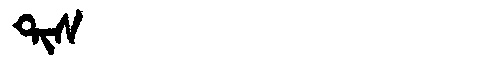
Manchu: ᡨᡳᠰ
Romanization: TIS